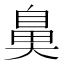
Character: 𮮱